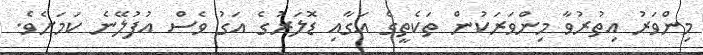
މިންވަރު އިތުރުވާ މިންވަރަކުން ތަކެތީގެ އަގާއި ޑޮލަރުގެ އަގު ވެސް އުފުލޭނެ ކަމަށެވެ.